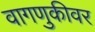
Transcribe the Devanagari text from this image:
वागणुकीवर